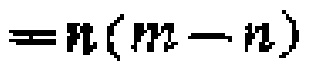
$=n(m - n)$